65_HS1-834228961_62-HQ-83894_Section_3
Agency: FBI
Page 140
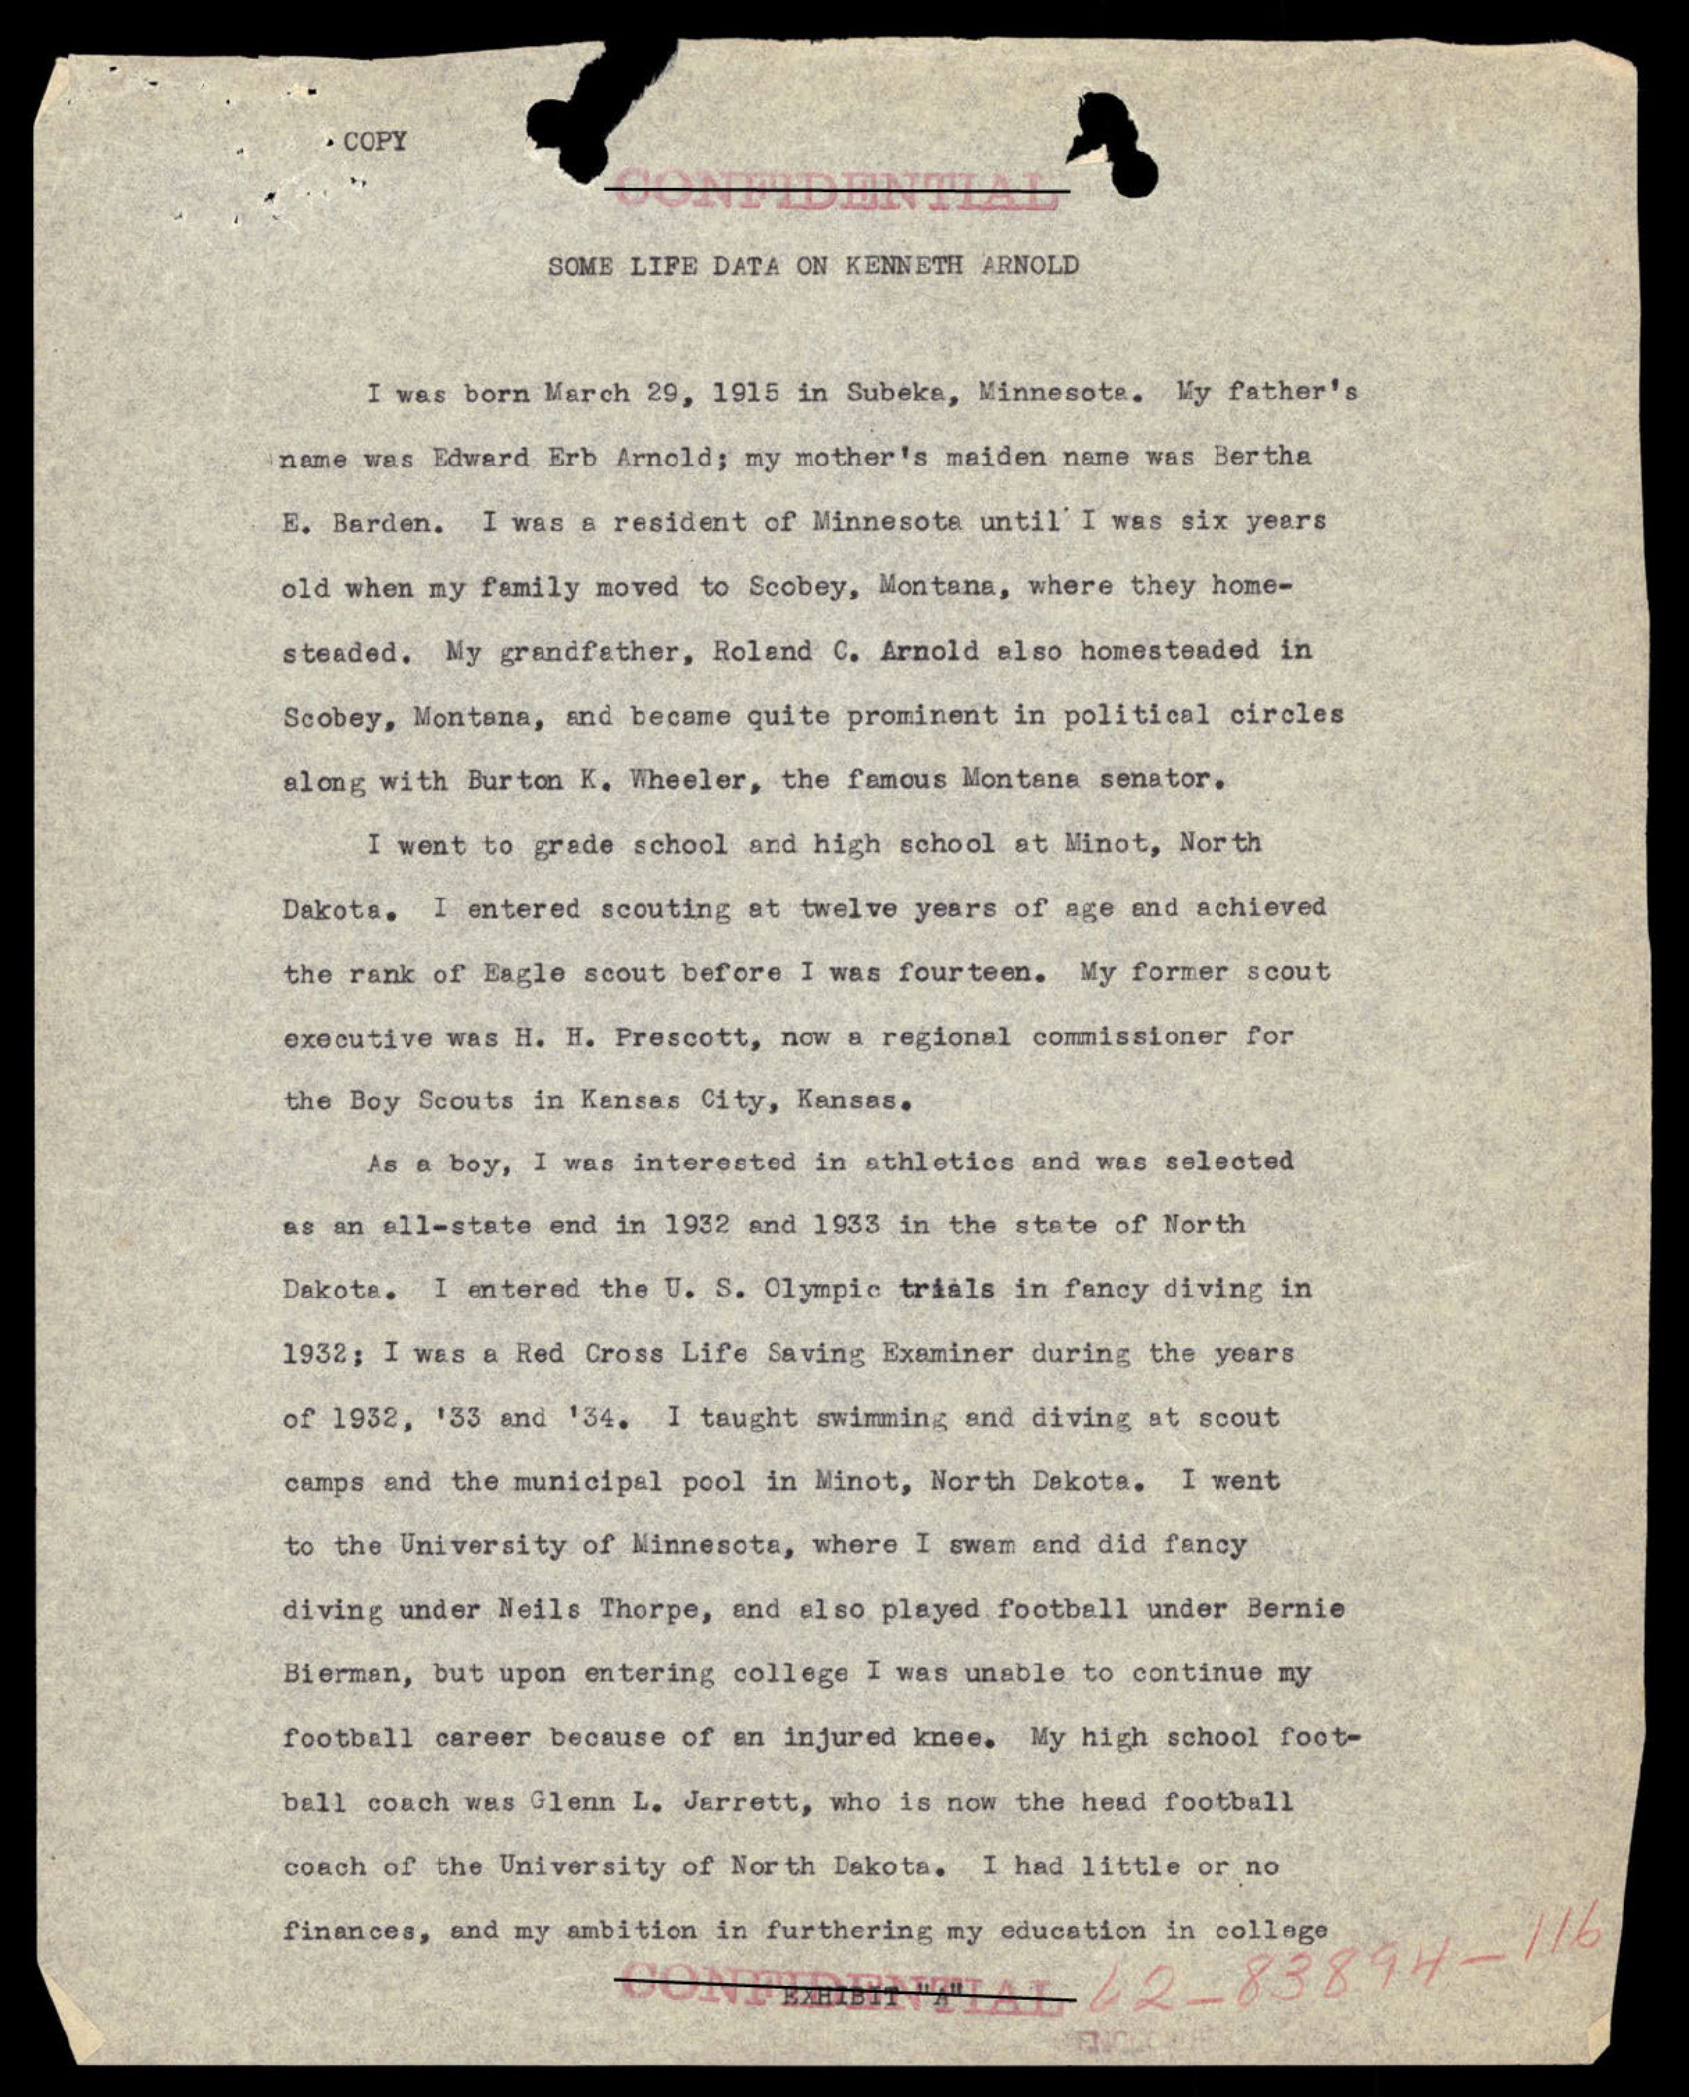